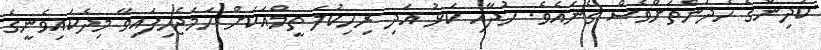
ކުދިންގެ ހެދުންތަށްވެސް ގެނައެވެ. ހުދާއި ކަޅު އަދި ރިހިކުލަ ތީމްއަކަށް ހަމަޖެހިފައިވާ މިދެކައިވެނީގެ